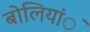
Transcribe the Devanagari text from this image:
बोलियांे